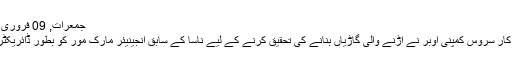
جمعرات, 09 فروری 2017 10:42
معروف امریکی کار سروس کمپنی اُوبر نے اڑنے والی گاڑیاں بنانے کی تحقیق کرنے کے لیے ناسا کے سابق انجینیئر مارک مور کو بطور ڈائریکٹر تعینات کیا ہے۔